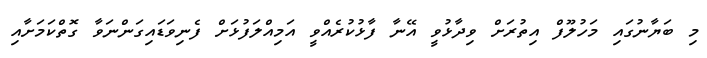
މި ބަޔާނުގައި މަހުލޫފް އިތުރަށް ވިދާޅުވީ އޭނާ ފާޅުކުރެއްވީ އަމިއްލަފުޅަށް ފެނިވަޑައިގަންނަވާ ގޮތްކަމަށާއި